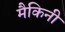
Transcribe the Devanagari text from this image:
मैकिनी